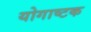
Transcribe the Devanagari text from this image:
योगाष्टक